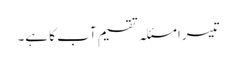
تیسرا مسئلہ تقسیم آب کا ہے۔